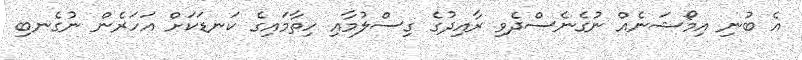
އެ ބުނި އިމޯޝަނެއް ނުގެނެސްދެވި ރާއިދުގެ ގިސްލުމާއި ހިތާމައިގެ ކަނޑަކަށް އަހަރެން ނުގެނބި